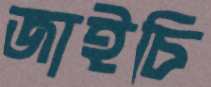
জাইচি